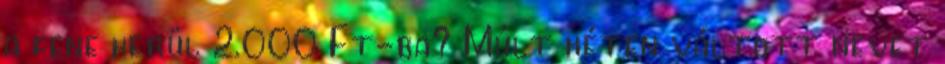
a fene kerül 2.000 Ft-ba? Múlt héten váltott nevet